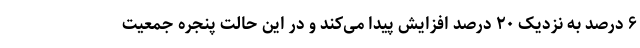
۶ درصد به نزدیک ۲۰ درصد افزایش پیدا می‌کند و در این حالت پنجره جمعیت